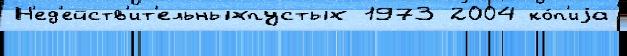
Н'ед'ейств'ит'ельныхпустых 1973 2004 ко́п'иjа